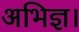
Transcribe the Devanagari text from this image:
अभिज्ञ।